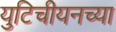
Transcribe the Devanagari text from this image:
युटिचीयनच्या